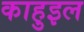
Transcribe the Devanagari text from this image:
काहुइल